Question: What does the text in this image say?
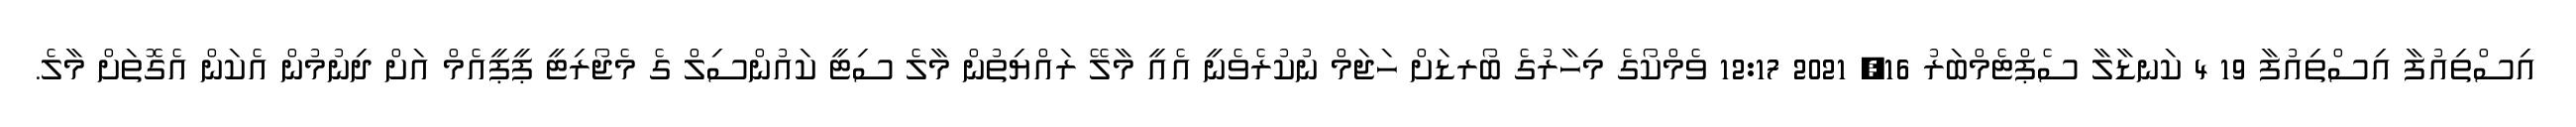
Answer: އިސްތިއުފާ އިސްތިއުފާ 19 4 ކަނޑާލާ ސެޕްޓެމްބަރު 16, 2021 12:17 ވެމްކޯގެ މިހާރުގެ ބޯރޑަށް ހަޖަމް ނުކުރެވެނީ އެއީ މާލޭ ރައްޔިތުން މާލެ ސިޓީ ކައުންސިލް ގެ މެޖޯރިޓީ ޕީޕީއެމް އަށް ދިނުމުން އެކަން އެގޮތަށް މާލެ.